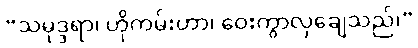
“သမုဒ္ဒရာ၊ ဟိုကမ်းဟာ၊ ဝေးကွာလှချေသည်၊”